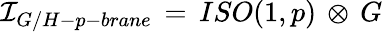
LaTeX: {\cal I}_{G/H-p-brane}\, =\, ISO(1,p)\, \otimes\, G